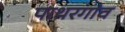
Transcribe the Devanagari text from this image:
पाथरगांव